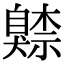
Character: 𦤧